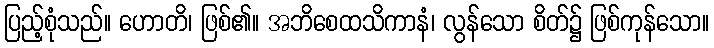
ပြည့်စုံသည်။ ဟောတိ၊ ဖြစ်၏။ အဘိစေထသိကာနံ၊ လွန်သော စိတ်၌ ဖြစ်ကုန်သော။